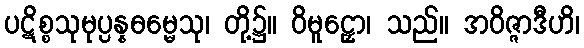
ပဋိစ္စသုမုပ္ပန္နဓမ္မေသု၊ တို့၌။ ဝိမူဠှော၊ သည်။ အဝိဇ္ဇာဒီဟိ၊